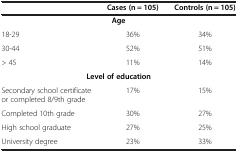
<table><thead><tr><td><b> </b></td><td><b>Cases (n = 105)</b></td><td><b>Controls (n = 105)</b></td></tr></thead><tbody><tr><td colspan="3"><b>Age</b></td></tr><tr><td>18-29</td><td>36%</td><td>34%</td></tr><tr><td>30-44</td><td>52%</td><td>51%</td></tr><tr><td>&gt; 45</td><td>11%</td><td>14%</td></tr><tr><td colspan="3"><b>Level of education</b></td></tr><tr><td>Secondary school certificate or completed 8/9th grade</td><td>17%</td><td>15%</td></tr><tr><td>Completed 10th grade</td><td>30%</td><td>27%</td></tr><tr><td>High school graduate</td><td>27%</td><td>25%</td></tr><tr><td>University degree</td><td>23%</td><td>33%</td></tr></tbody></table>